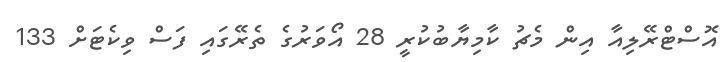
އޮސްޓްރޭލިއާ އިން މެޗު ކާމިޔާބުކުރީ 28 އޯވަރުގެ ތެރޭގައި ފަސް ވިކެޓަށް 133